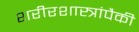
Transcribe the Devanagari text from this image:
शरीरशास्त्रांपैकी